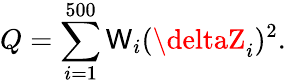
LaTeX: Q=\sum_{i=1}^{500}\mathsf{W}_{i}(\deltaZ_{i})^{2}.